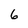
Character: 6